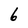
Character: 6